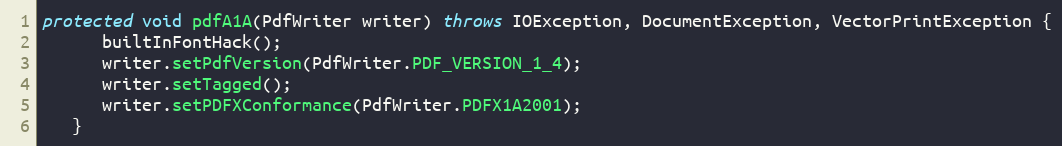
Language: Java
protected void pdfA1A(PdfWriter writer) throws IOException, DocumentException, VectorPrintException {
      builtInFontHack();
      writer.setPdfVersion(PdfWriter.PDF_VERSION_1_4);
      writer.setTagged();
      writer.setPDFXConformance(PdfWriter.PDFX1A2001);
   }